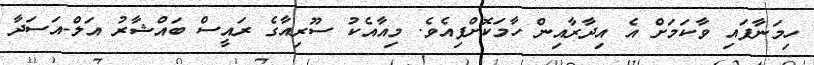
ހިމަނާފައި ވާކަމަށް އެ އިދާރާއިން ހާމަކޮށްފިއެވެ. މިއާއެކު ސޫރިއާގެ ރައީސް ބައްޝާރު އަލް-އަސަދާ